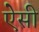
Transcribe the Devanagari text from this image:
ऐेसी